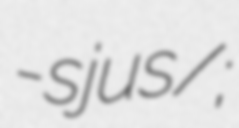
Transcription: -sjuːs/;